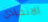
الانفرادي